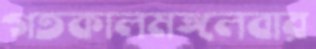
গতকালমঙ্গলবার